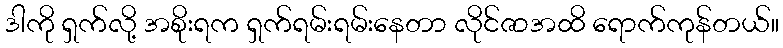
ဒါကို ရှက်လို့ အစိုးရက ရှက်ရမ်းရမ်းနေတာ လိုင်ဇာအထိ ရောက်ကုန်တယ်။